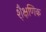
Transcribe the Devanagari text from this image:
शै़क्षणिक